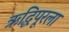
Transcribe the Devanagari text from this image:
ऋद्धिपूरला